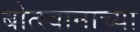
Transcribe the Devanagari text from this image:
बोत्स्वानाच्या